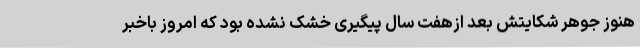
هنوز جوهر شکایتش بعد ازهفت سال پیگیری خشک نشده بود که امروز باخبر